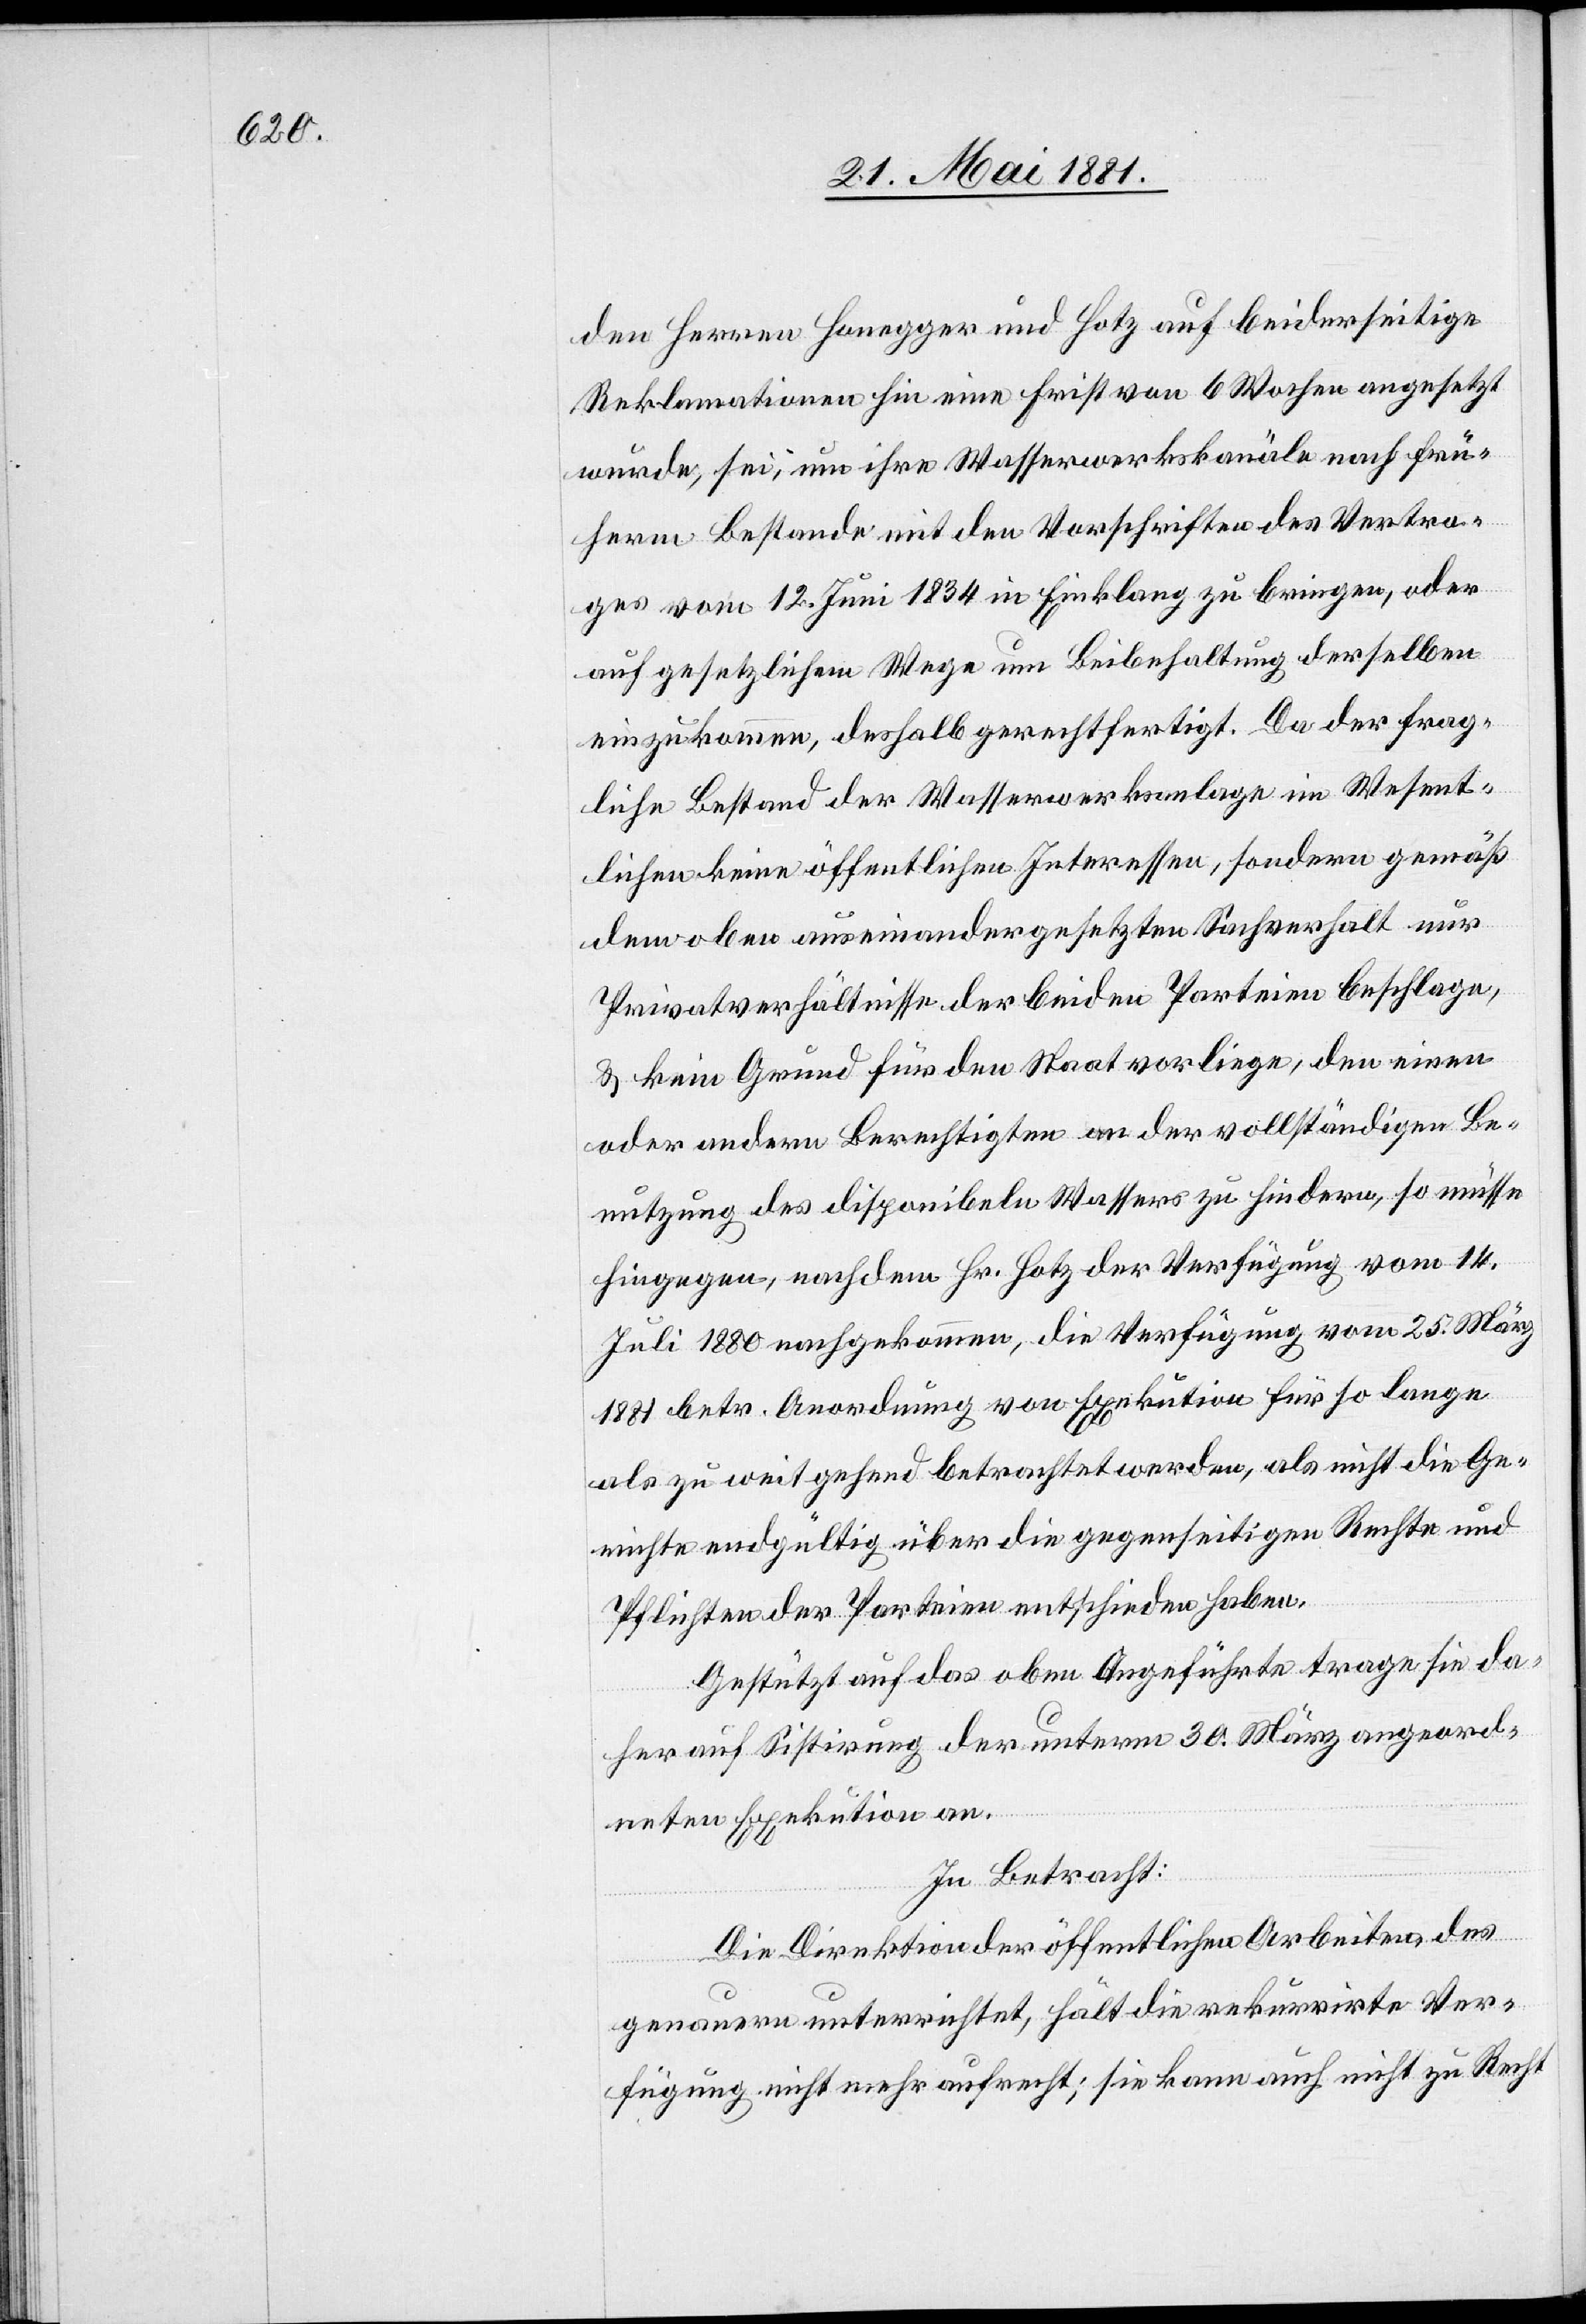
den Herren Honegger und Hotz auf beiderseitige
Reklamationen hin eine Frist von 6 Wochen angesetzt
wurde, sei, um ihre Wasserwerkskanäle nach frü¬
herm Bestande mit den Vorschriften des Vertra¬
ges vom 12. Juni 1834 in Einklang zu bringen, oder
auf gesetzlichem Wege um Beibehaltung derselben
einzukommen, deshalb gerechtfertigt. Da der frag¬
liche Bestand der Wasserwerksanlage im Wesent¬
lichen keine öffentlichen Interessen, sondern gemäß
dem oben auseinandergesetzten Sachverhalt nur
Privatverhältnisse der beiden Parteien beschlage,
& kein Grund für den Staat vorliege, den einen
oder andern Berechtigten an der vollständigen Be¬
nutzung des disponibeln Wassers zu hindern, so müsse
hingegen, nachdem Hr. Hotz der Verfügung vom 14.
Juli 1880 nachgekommen, die Verfügung vom 25. März
1880 betr. Anordnung von Exekution für so lange
als zu weit gehend betrachtet werden, als nicht die Ge¬
richte endgültig über die gegenseitigen Rechte und
Pflichten der Parteien entschieden haben.
Gestützt auf das oben Angeführte trage sie da¬
her auf Sistirung der unterm 30. März angeord¬
neten Exekution an.
In Betracht:
Die Direktion der öffentlichen Arbeiten des
genauern unterrichtet, hält die rekurrirte Ver¬
fügung nicht mehr aufrecht; sie kann auch nicht zu Recht